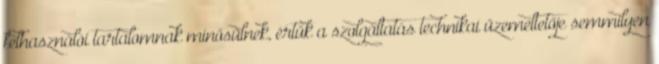
felhasználói tartalomnak minősülnek, értük a szolgáltatás technikai üzemeltetője semmilyen